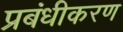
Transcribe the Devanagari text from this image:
प्रबंधीकरण